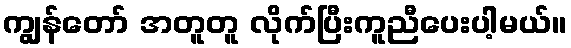
ကျွန်တော် အတူတူ လိုက်ပြီးကူညီပေးပါ့မယ်။